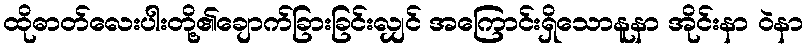
ထိုဓာတ်လေးပါးတို့၏ချောက်ခြားခြင်းလျှင် အကြောင်းရှိသောနူနာ အိုင်းနာ ဝဲနာ